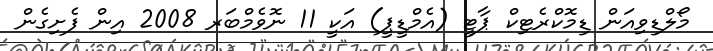
މޯލްޑިވިއަން ޑިމޮކްރެޓިކް ޕާޓީ (އެމްޑީޕީ) އަކީ 11 ނޮވެމްބަރ 2008 އިން ފެށިގެން